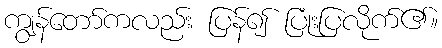
ကျွန်တော်ကလည်း ပြန်၍ ပြုံးပြလိုက်၏။